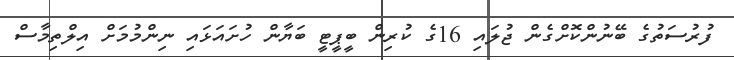
ފުރުސަތުގެ ބޭނުންކޮށްގެން ޖުލައި 16ގެ ކުރިން ބީޕީޓީ ބަޔާން ހުށައަޅައި ނިންމުމަށް އިލްތިމާސް